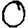
Digit: 0